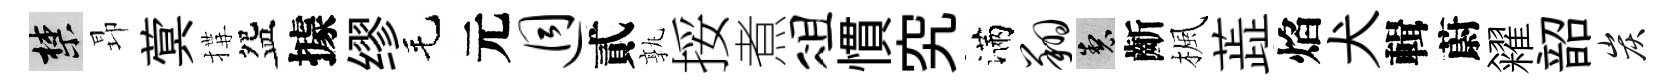
禁昻蓂搆盌據缪毛元迥貳孰挼煮俎慣究滿翔製齗楓蕋焰犬輯蔚糴韶炭